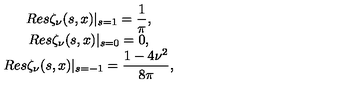
\begin{array} { c } { \displaystyle { R e s \zeta _ { \nu } ( s , x ) | _ { s = 1 } = \frac { 1 } { \pi } , } } \\ { \displaystyle { R e s \zeta _ { \nu } ( s , x ) | _ { s = 0 } = 0 , } } \\ { \displaystyle { R e s \zeta _ { \nu } ( s , x ) | _ { s = - 1 } = \frac { 1 - 4 { \nu } ^ { 2 } } { 8 \pi } , } } \\ \end{array}